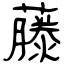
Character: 藤